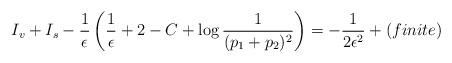
LaTeX: \begin{align*}I_v+I_s-{1\over\epsilon}\left({1\over\epsilon}+2-C+\log{1\over (p_1+p_2)^2}\right)=-{1\over2\epsilon^2}+(finite)\end{align*}